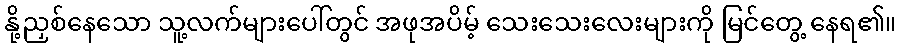
နို့ညှစ်နေသော သူ့လက်များပေါ်တွင် အဖုအပိမ့် သေးသေးလေးများကို မြင်တွေ့ နေရ၏။